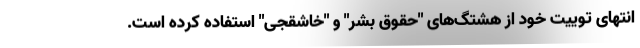
انتهای توییت خود از هشتگ‌های "حقوق بشر" و "خاشقجی" استفاده کرده است.